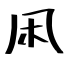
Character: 凩